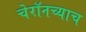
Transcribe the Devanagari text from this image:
चेरॉनच्याच